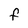
Character: F